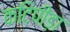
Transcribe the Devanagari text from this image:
कटिपीड़ा